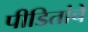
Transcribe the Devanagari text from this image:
पीडितांचे